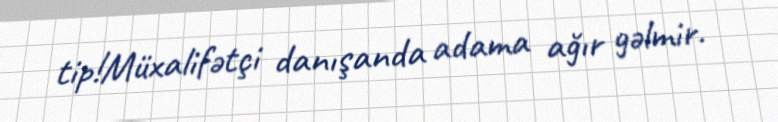
tip!Müxalifətçi danışanda adama ağır gəlmir.